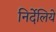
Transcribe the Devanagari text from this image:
निर्देलिये